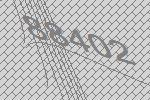
88402